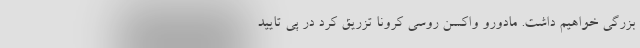
بزرگی خواهیم داشت. مادورو واکسن روسی کرونا تزریق کرد در پی تأیید